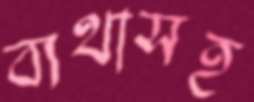
ব্যথাসহ